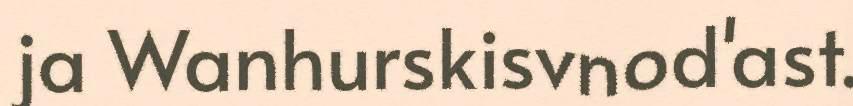
ja Wanhurskisvnod'ast.